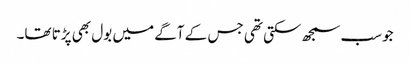
جوسب سمجھ سکتی تھی جس کے آگے میں بول بھی پڑتا تھا۔